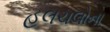
હલચલોના